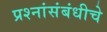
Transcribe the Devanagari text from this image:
प्रश्नांसंबंधीचे